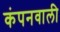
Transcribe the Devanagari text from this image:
कंपनवाली